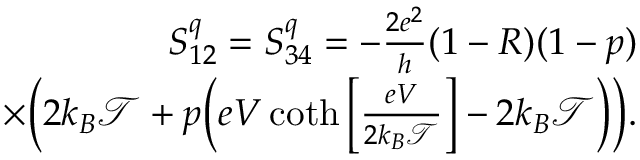
\begin{array} { r } { S _ { 1 2 } ^ { q } = S _ { 3 4 } ^ { q } = - \frac { 2 e ^ { 2 } } { h } ( 1 - R ) ( 1 - p ) } \\ { \times \bigg ( 2 k _ { B } \mathcal { T } + p \bigg ( e V \coth \left[ \frac { e V } { 2 k _ { B } \mathcal { T } } \right] - 2 k _ { B } \mathcal { T } \bigg ) \bigg ) . } \end{array}